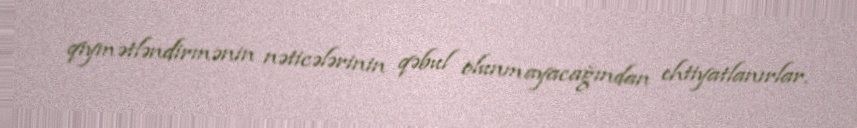
qiymətləndirmənin nəticələrinin qəbul olunmayacağından ehtiyatlanırlar.